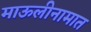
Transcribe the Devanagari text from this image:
माऊलीनामात